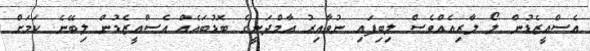
އެސްއީޒެޑުން ލޯ ލާރިއެއްވެސް ލިބިފައި ނުވާއިރު އާމްދަނީގެ ބޮޑުބައެއް އެސްއީޒެޑުން ލިބޭނެ ކަމަށް